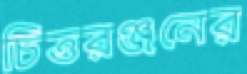
চিত্তরঞ্জনের